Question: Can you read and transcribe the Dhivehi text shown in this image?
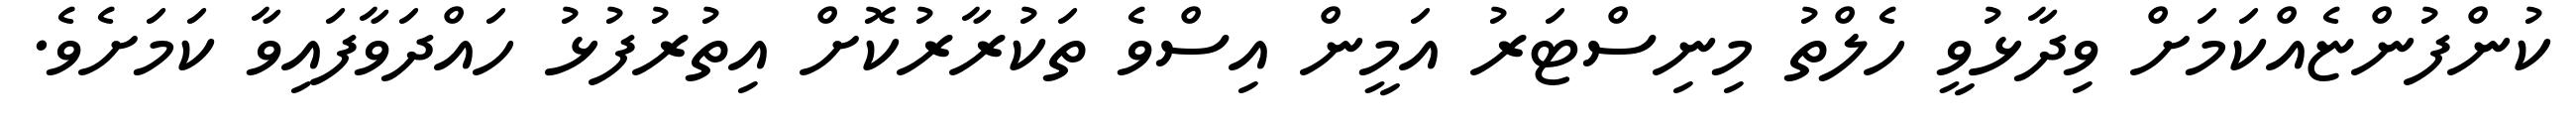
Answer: ކުންފުންޏެއްކަމަށް ވިދާޅުވީ ހެލްތު މިނިސްޓަރު އަމީން އިސްވެ ތަކުރާރުކޮށް އިތުރުފުޅު ހައްދަވާފައިވާ ކަމަށެވެ.